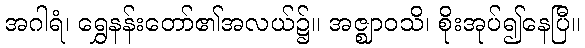
အဂါရံ၊ ရွှေနန်းတော်၏အလယ်၌။ အဇ္ဈာဝသိ၊ စိုးအုပ်၍နေပြီ။